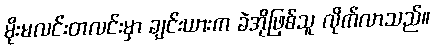
မိုးမလင်းတလင်းမှာ ချင်းယားက ခဲအိုဖြစ်သူ လိုက်လာသည်။